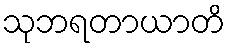
သုဘရတာယာတိ